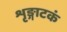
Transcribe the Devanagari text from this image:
शृङ्गाटकं